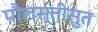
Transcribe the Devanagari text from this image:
पौलस्तीसुत